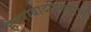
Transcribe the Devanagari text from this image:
हैदराबादविरूद्धच्या